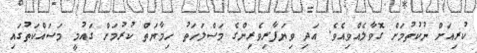
ކުރިއަށް ނުކުތުމަށް ގޮވާލެއްވިއެވެ. އަދި ވިޔަފާރިވެރިންގެ މަސްލަހަތު ހިމާޔަތް ކުރުމަށް ގައުމީ މަސައްކަތުގައި